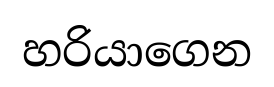
හරියාගෙන